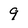
Character: 9